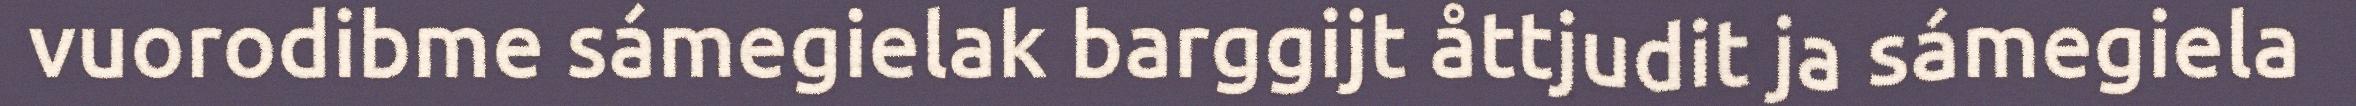
vuorodibme sámegielak barggijt åttjudit ja sámegiela